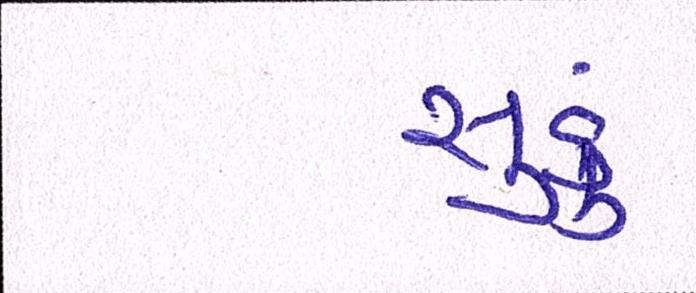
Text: સુકું